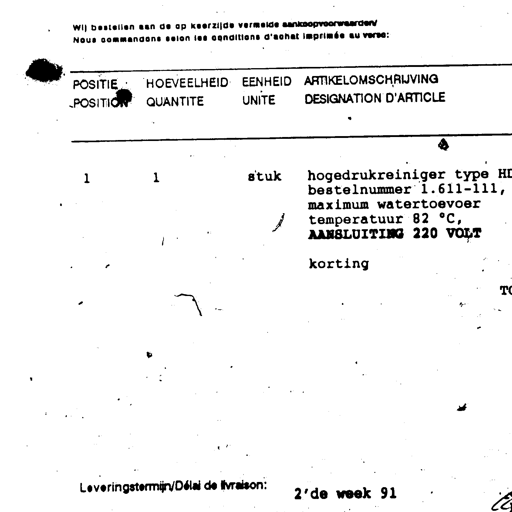
Wij bestellen aan de op keerzijde vermelde aankoopvoorwaarden/
Nous commandons selon les conditions d'achat imprimée au verso:

POSITIE
POSITION	HOEVEELHEID
QUANTITE	EENHEID
UNITE	ARTIKELOMSCHRIJVING
DESIGNATION D'ARTICLE

1	1	stuk	hogedrukreiniger type HD
bestelnummer 1.611-111,
maximum watertoevoer
temperatuur 82 °C,
AANSLUITING 220 VOLT

korting

Leveringstermijn/Délai de livraison:	2'de week 91